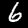
Digit: 6